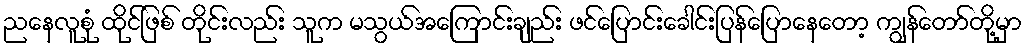
ညနေလူစုံ ထိုင်ဖြစ် တိုင်းလည်း သူက မသွယ်အကြောင်းချည်း ဖင်ပြောင်းခေါင်းပြန်ပြောနေတော့ ကျွန်တော်တို့မှာ